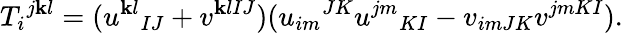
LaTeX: T_{i}{}^{j\mathbf{k}l}=(u^{\mathbf{k}l}{}_{IJ}+v^{\mathbf{k}lIJ})(u_{im}{}^{JK}u^{jm}{}_{KI}-v_{imJK}v^{jmKI}).